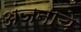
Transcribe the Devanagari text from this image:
अंजनाचे